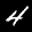
Label: 4